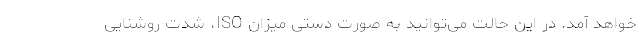
خواهد آمد. در این حالت می‌توانید به صورت دستی میزان ISO، شدت روشنایی